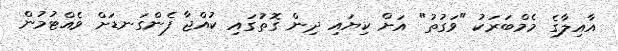
އާއިލާގެ މެމްބަރަކު "ވަގުތު" އަށް ކިޔައި ދިން ގޮތުގައި ކުއްޖާ ފެންގަނޑަށް ވެއްޓުމުން